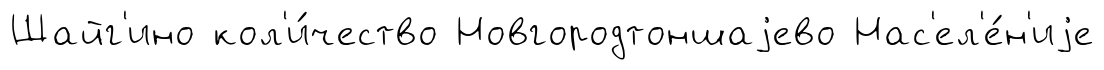
Шайг'ино кол'и́чество Новгородтоншаjево Нас'ел'е́н'иjе